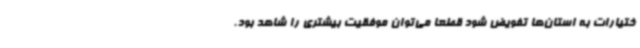
ختیارات به استان‌ها تفویض شود قطعا می‌توان موفقیت بیشتری را شاهد بود.